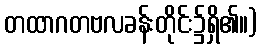
တထာဂတဗလခန်းတိုင်း၌ရှိ၏။)